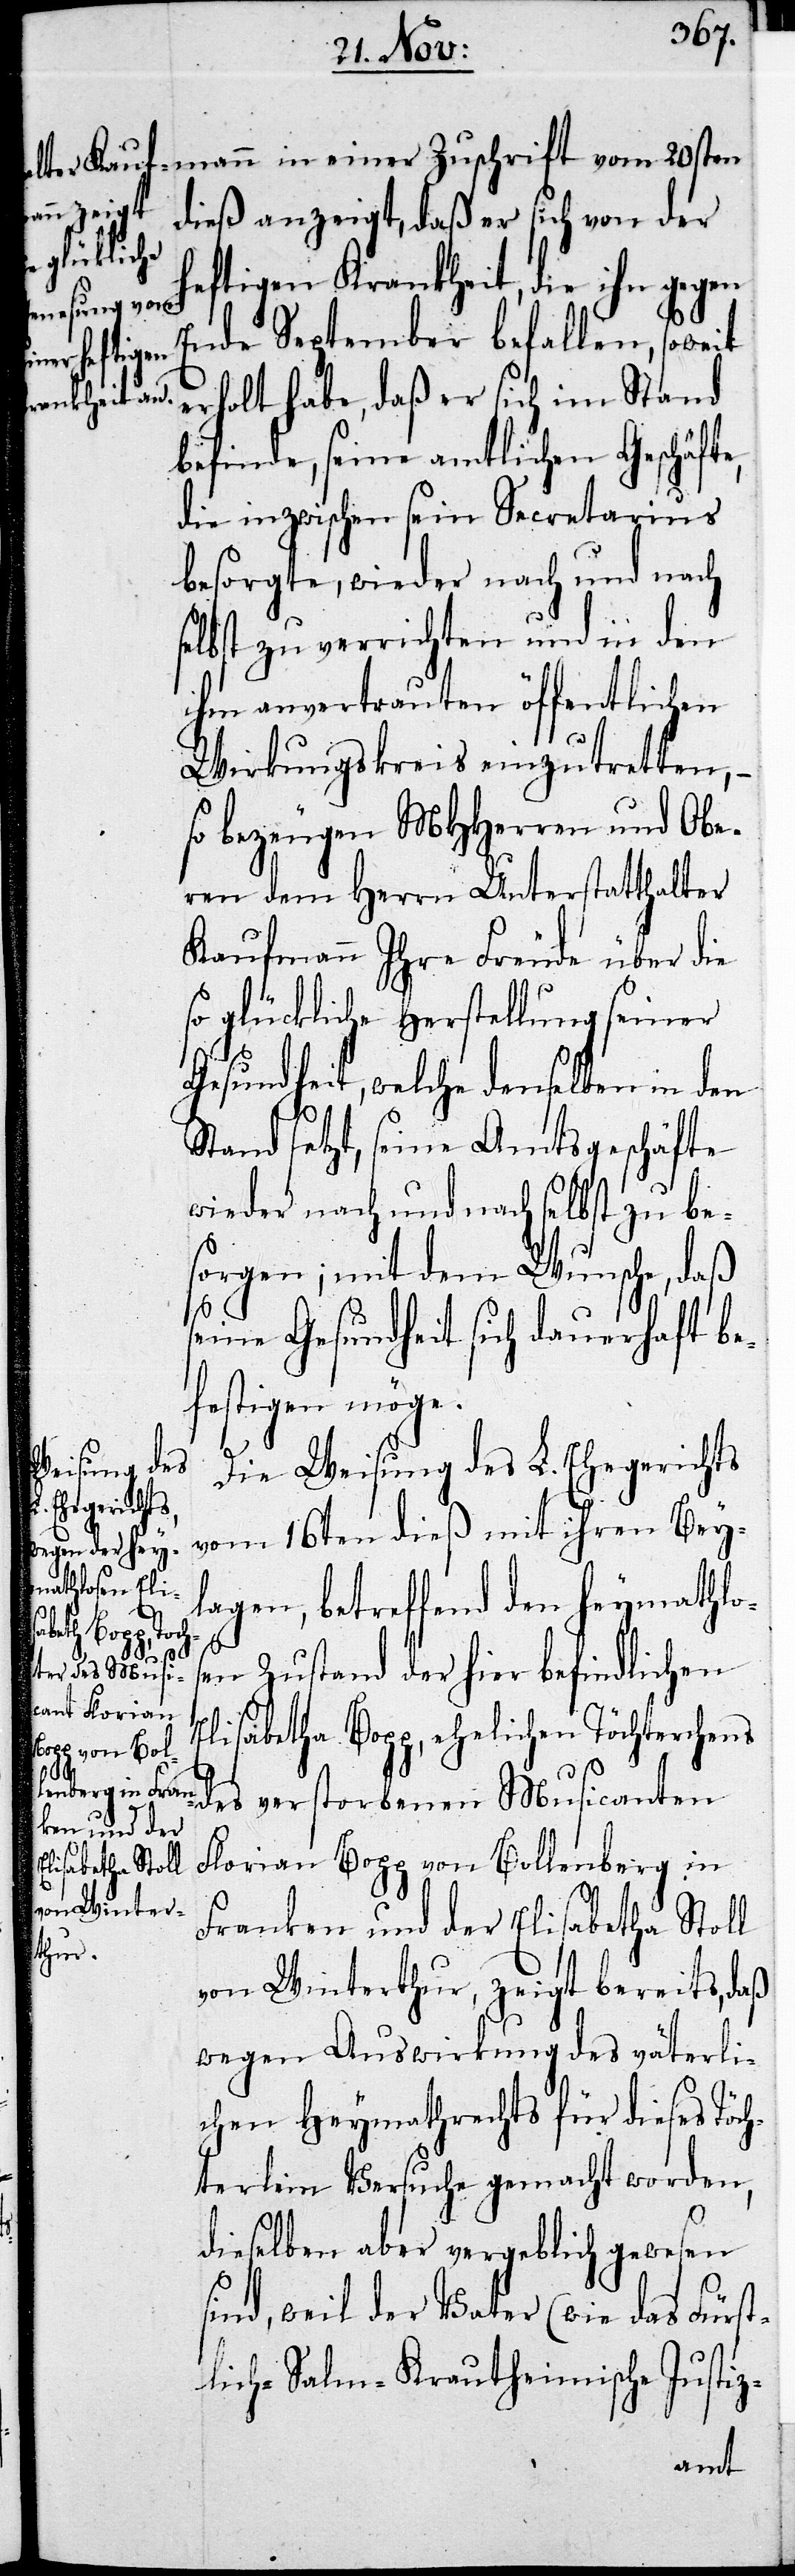
mann in einer Zuschrift vom 20sten
dieß anzeigt, daß er sich von der
heftigen Krankheit, die ihn gegen
Ende Septembers befallen, soweit
erholt habe, daß er sich im Stand
befinde, seine amtlichen Geschäfte,
die inzwischen sein Secretarius
besorgte, wieder nach und nach
selbst zu verrichten und in den
ihm anvertrauten öffentlichen
Wirkungskreis einzutretten, –
so bezeugen MHHerren und Obe¬
ren dem Herrn Unterstatthalter
Kaufmann ihre Freude über die
so glückliche Herstellung seiner
Gesundheit, welche denselben in den
Stand setzt, seine Amtsgeschäfte
wieder nach und nach selbst zu be¬
sorgen; mit dem Wunsche, daß
seine Gesundheit sich dauerhaft be¬
festigen möge.
Die Weisung des L. Ehegerichts
vom 16ten dieß mit ihren Bey¬
lagen, betreffend den heymathlos¬
en Zustand der hier befindlichen
Elisabetha Bopp, ehelichen Töchterchens
des verstorbenen Musicanten
Florian Bopp von Bollenberg in
Franken und der Elisabetha Stoll
von Winterthur, zeigt bereits, daß
wegen Auswirkung des väterli¬
chen Heymathrechts für dieses Töch¬
terlein Versuche gemacht worden,
dieselben aber vergeblich gewesen
sind, weil der Vater (wie das Fürst¬
lich-Salm-Krautheimische Justiz-